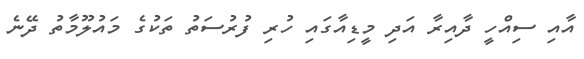
އާއި ސިއްހީ ދާއިރާ އަދި މީޑިއާގައި ހުރި ފުރުސަތު ތަކުގެ މައުލޫމާތު ދޭނެ